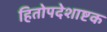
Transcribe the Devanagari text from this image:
हितोपदेशाष्टक